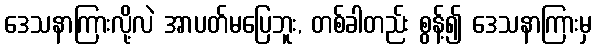
ဒေသနာကြားလို့လဲ အာပတ်မပြေဘူး, တစ်ခါတည်း စွန့်၍ ဒေသနာကြားမှ